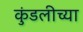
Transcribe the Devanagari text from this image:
कुंडलीच्या